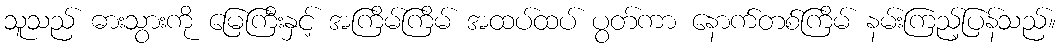
သူသည် ဓားသွားကို မြေကြီးနှင့် အကြိမ်ကြိမ် အထပ်ထပ် ပွတ်ကာ နောက်တစ်ကြိမ် နမ်းကြည့်ပြန်သည်။